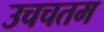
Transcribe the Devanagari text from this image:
उचचतम